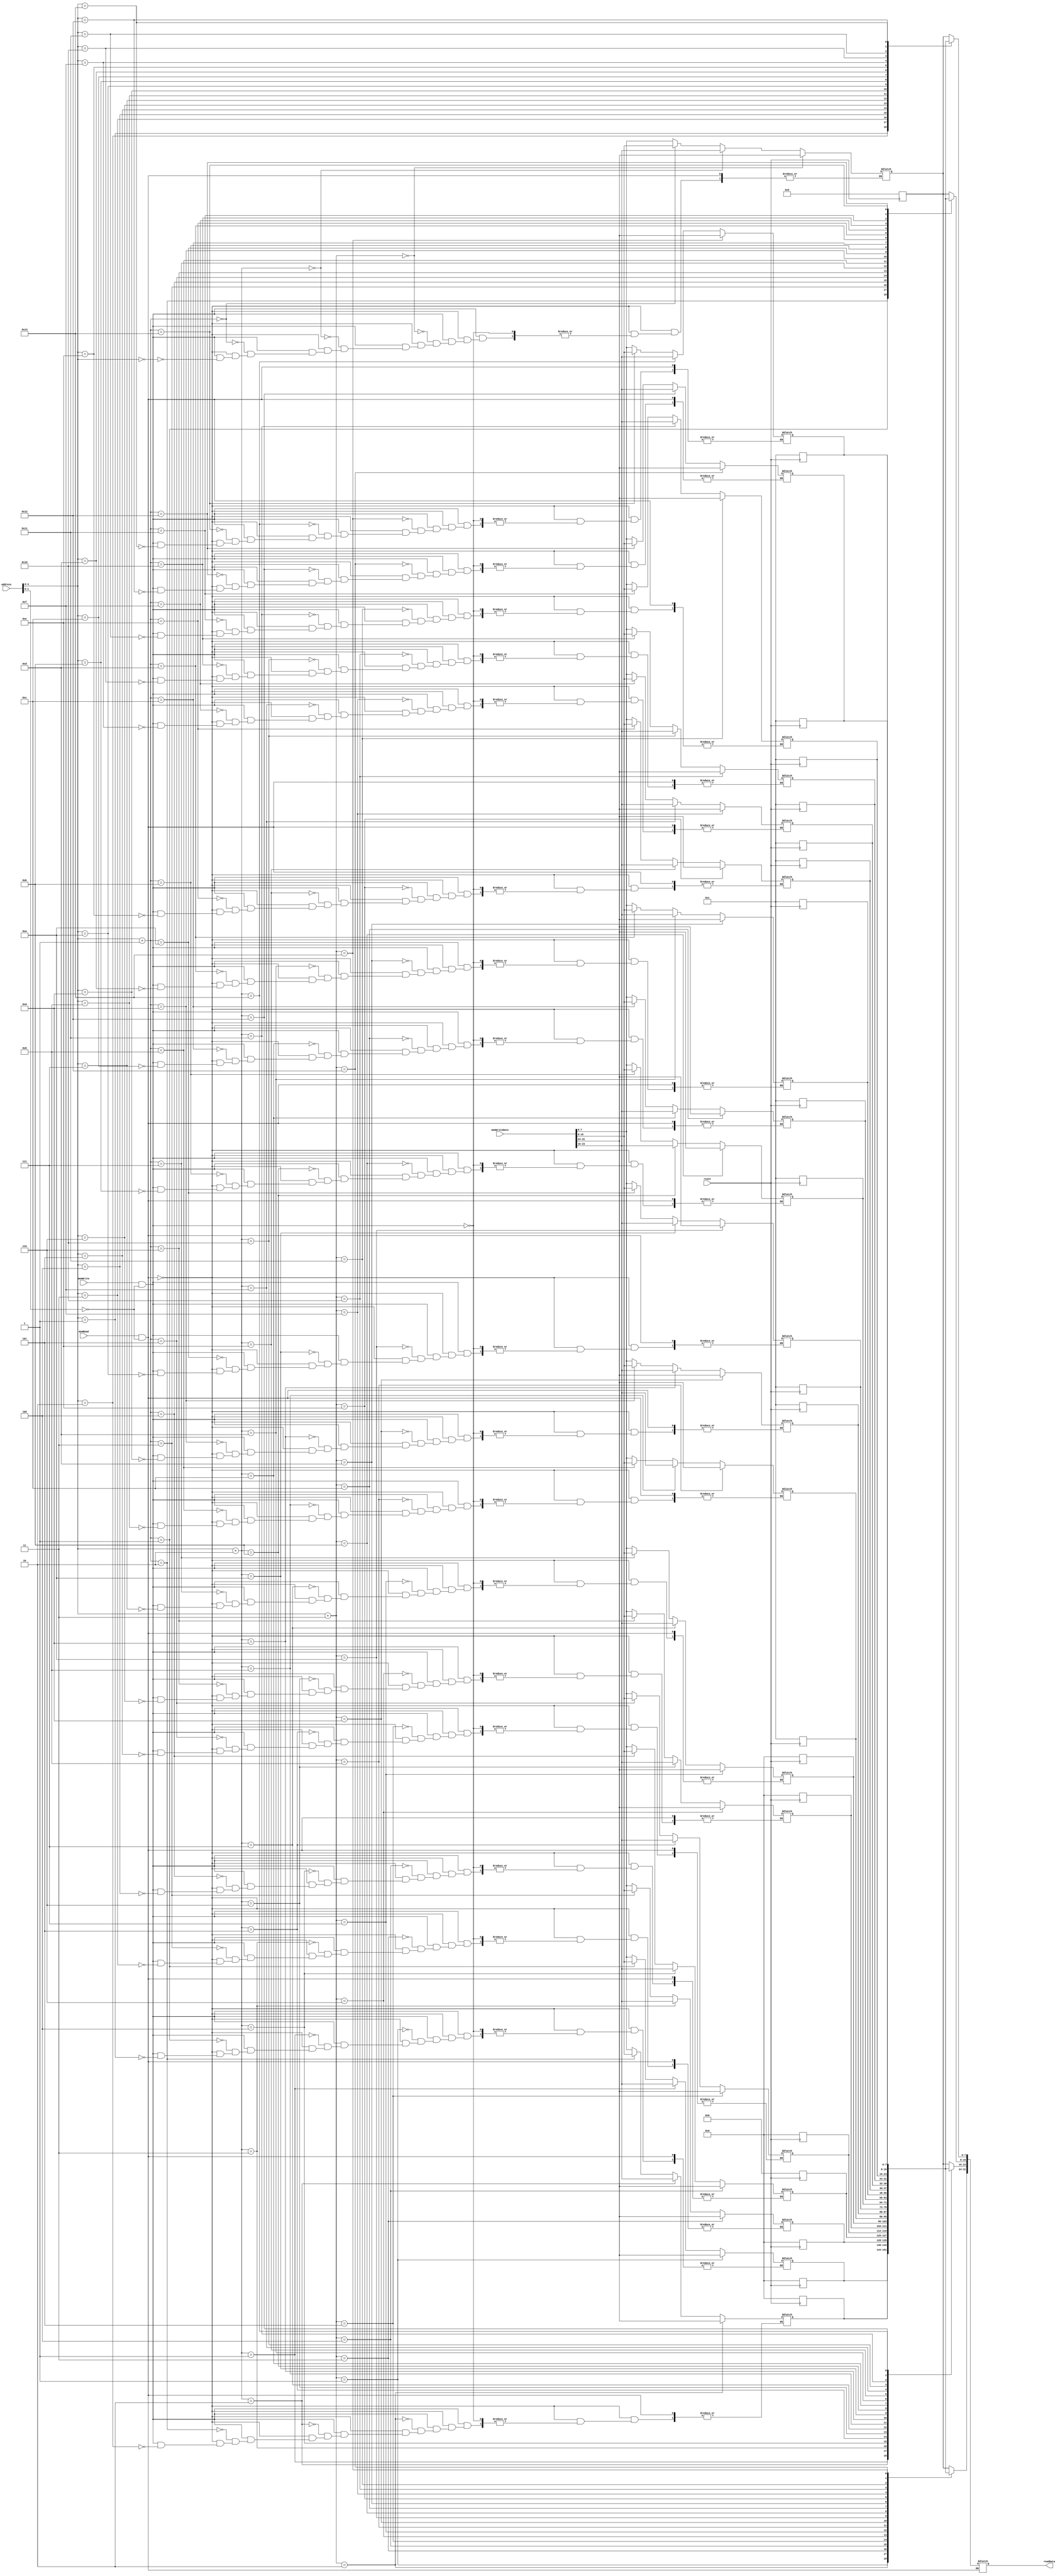
`timescale 1ns / 1ps
//////////////////////////////////////////////////////////////////////////////////
// Company: 
// Engineer: 
// 
// Design Name: 
// Module Name: Data_memory
// Project Name: 
// Target Devices: 
// Tool Versions: 
// Description: 
// 
// Dependencies: 
// 
// Revision:
// Revision 0.01 - File Created
// Additional Comments:
// 
//////////////////////////////////////////////////////////////////////////////////

module Data_memory(readData,address,memWriteData,memWrite,memRead,reset);
output reg [31:0]readData;
input [31:0]memWriteData,address;
input memWrite,memRead,reset;

reg [7:0] mem [19:0];

always@(negedge reset)
begin
if(reset==0) 
    begin 
        mem[3] = 0; mem[2] = 0; mem[1] = 0; mem[0] = 9;
        mem[7] = 0; mem[6] = 0; mem[5] = 0; mem[4] = 6;
        mem[11] = 1; mem[10] = 1; mem[9] = 1; mem[8] = 1;
        mem[15] = 1; mem[14] = 1; mem[13] = 1; mem[12] = 1;
        mem[19] = 1; mem[18] = 1; mem[17] = 1; mem[16] = 1; 
    end
end

always@(*)
begin
if (memRead == 1 && address[1:0]==2'b00) 
    readData = {mem[address+3],mem[address+2],mem[address+1],mem[address]};
else if (memWrite == 1 && address[1:0]==2'b00) 
    {mem[address+3],mem[address+2],mem[address+1],mem[address]} = memWriteData;
end

endmodule